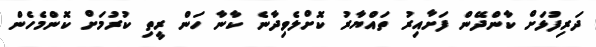
ދަރިފުޅަށް ކާންދޭން ފަށާއިރު ތައްޔާރު ކޮށްލެވިދާނެ ކާނާ ހަން ރީތި ކުރުމަށް ކޮންމެހެން